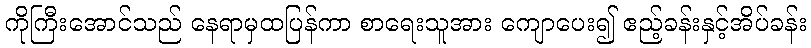
ကိုကြီးအောင်သည် နေရာမှထပြန်ကာ စာရေးသူအား ကျောပေး၍ ဧည့်ခန်းနှင့်အိပ်ခန်း